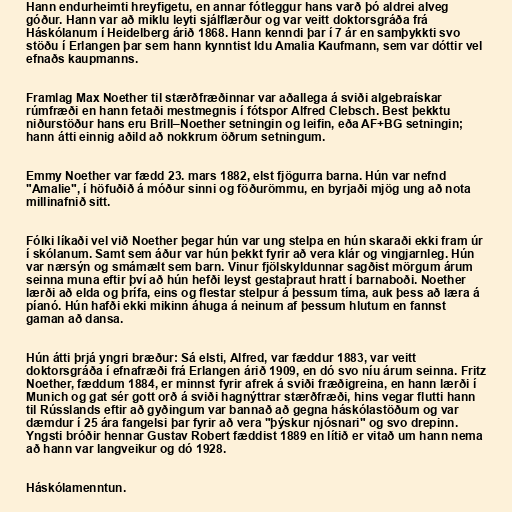
Hann endurheimti hreyfigetu, en annar fótleggur hans varð þó aldrei alveg
góður. Hann var að miklu leyti sjálflærður og var veitt doktorsgráða frá
Háskólanum í Heidelberg árið 1868. Hann kenndi þar í 7 ár en samþykkti svo
stöðu í Erlangen þar sem hann kynntist Idu Amalia Kaufmann, sem var dóttir vel
efnaðs kaupmanns.

Framlag Max Noether til stærðfræðinnar var aðallega á sviði algebraískar
rúmfræði en hann fetaði mestmegnis í fótspor Alfred Clebsch. Best þekktu
niðurstöður hans eru Brill–Noether setningin og leifin, eða AF+BG setningin;
hann átti einnig aðild að nokkrum öðrum setningum.

Emmy Noether var fædd 23. mars 1882, elst fjögurra barna. Hún var nefnd
"Amalie", í höfuðið á móður sinni og föðurömmu, en byrjaði mjög ung að nota
millinafnið sitt.

Fólki líkaði vel við Noether þegar hún var ung stelpa en hún skaraði ekki fram úr
í skólanum. Samt sem áður var hún þekkt fyrir að vera klár og vingjarnleg. Hún
var nærsýn og smámælt sem barn. Vinur fjölskyldunnar sagðist mörgum árum
seinna muna eftir því að hún hefði leyst gestaþraut hratt í barnaboði. Noether
lærði að elda og þrífa, eins og flestar stelpur á þessum tíma, auk þess að læra á
píanó. Hún hafði ekki mikinn áhuga á neinum af þessum hlutum en fannst
gaman að dansa.

Hún átti þrjá yngri bræður: Sá elsti, Alfred, var fæddur 1883, var veitt
doktorsgráða í efnafræði frá Erlangen árið 1909, en dó svo níu árum seinna. Fritz
Noether, fæddum 1884, er minnst fyrir afrek á sviði fræðigreina, en hann lærði í
Munich og gat sér gott orð á sviði hagnýttrar stærðfræði, hins vegar flutti hann
til Rússlands eftir að gyðingum var bannað að gegna háskólastöðum og var
dæmdur í 25 ára fangelsi þar fyrir að vera "þýskur njósnari" og svo drepinn.
Yngsti bróðir hennar Gustav Robert fæddist 1889 en lítið er vitað um hann nema
að hann var langveikur og dó 1928.

Háskólamenntun.